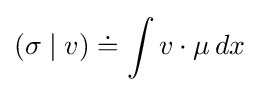
(\sigma \mid v)\doteq \int v\cdot \mu \,dx